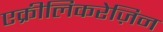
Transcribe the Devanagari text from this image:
एक्रीलिकरेज़िन